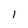
Character: 1